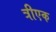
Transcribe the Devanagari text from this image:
त्रीएक